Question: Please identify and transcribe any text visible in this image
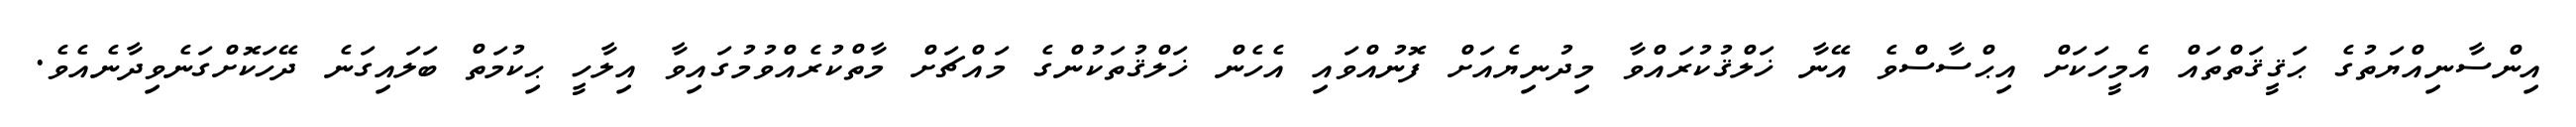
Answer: އިންސާނިއްޔަތުގެ ޙަޤީޤަތްތައް އެމީހަކަށް އިޙްސާސްވެ އޭނާ ޚަލްޤުކުރައްވާ މިދުނިޔެއަށް ފޮނުއްވައި އެހެން ޚަލްޤުތަކުންގެ މައްޗަށް މާތްކުރެއްވުމުގައިވާ އިލާހީ ޙިކުމަތް ބަލައިގަނެ ދޭހަކޮށްގަނެވިދާނެއެވެ.